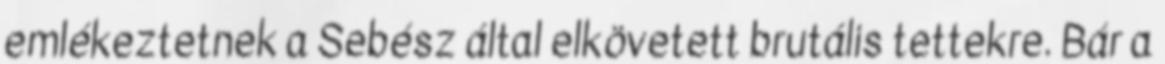
emlékeztetnek a Sebész által elkövetett brutális tettekre. Bár a